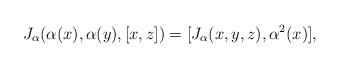
LaTeX: \begin{align*}J_{\alpha}(\alpha (x), \alpha (y), [x,z]) = [J_{\alpha}(x, y, z), \alpha^{2}(x)],\end{align*}